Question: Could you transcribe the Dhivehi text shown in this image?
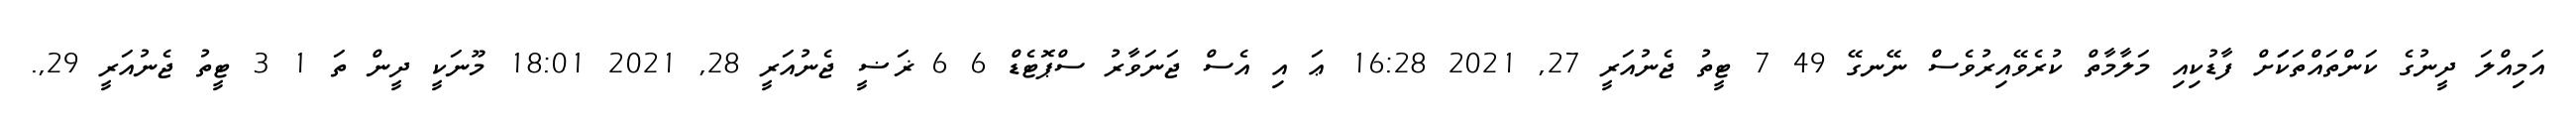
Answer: އަމިއްލަ ދީނުގެ ކަންތައްތަކަަށް ފާޑުކިއި މަލާމާތް ކުރެވޭއިރުވެސް ނޭނގޭ 49 7 ޓީތު ޖެނުއަރީ 27, 2021 16:28 ޢަ އި އެސް ޖަނަވާރު ސްޕޮޓެޑް 6 6 ޜަޟީ ޖެނުއަރީ 28, 2021 18:01 މޫނަކީ ދީން ތަ 1 3 ޓީތު ޖެނުއަރީ 29,.